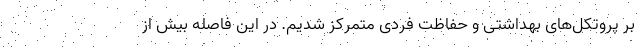
بر پروتکل‌های بهداشتی و حفاظت فردی متمرکز شدیم. در این فاصله بیش از